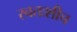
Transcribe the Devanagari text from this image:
स्वतःशीच